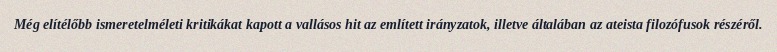
Még elítélőbb ismeretelméleti kritikákat kapott a vallásos hit az említett irányzatok, illetve általában az ateista filozófusok részéről.